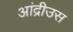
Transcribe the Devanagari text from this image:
आंद्रीउस